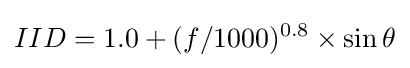
IID=1.0+(f/1000)^{0.8}\times \sin \theta